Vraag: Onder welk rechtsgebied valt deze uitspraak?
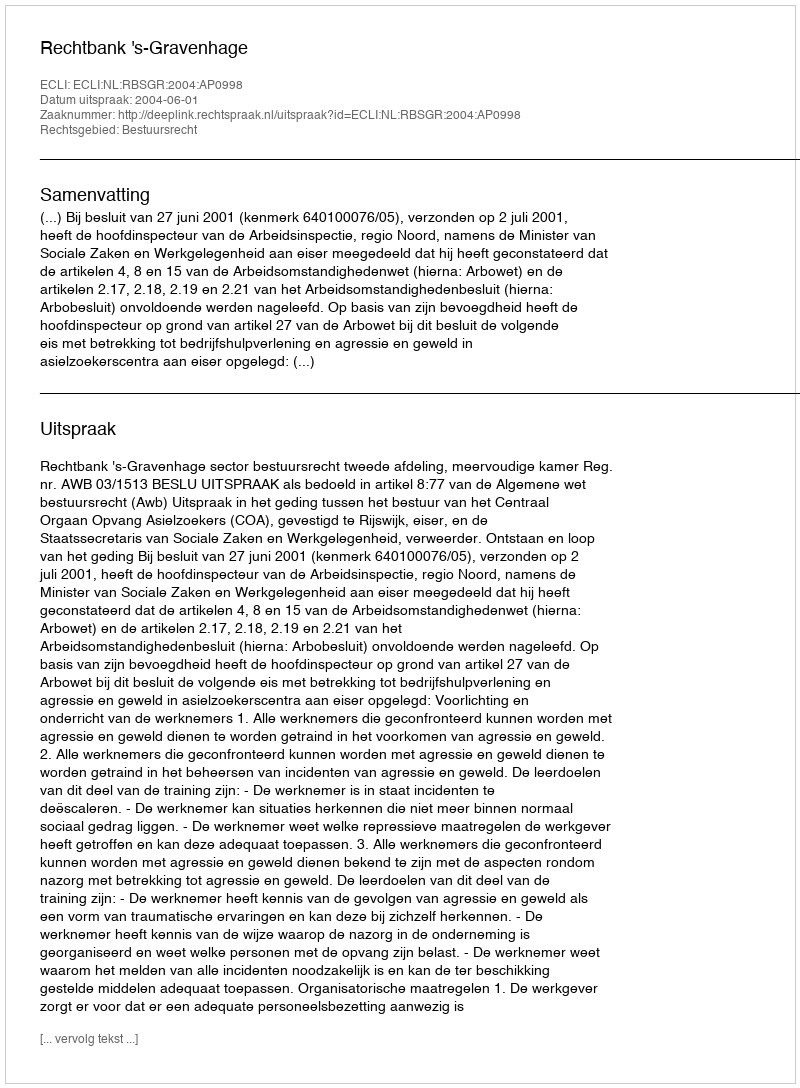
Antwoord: Bestuursrecht